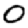
Digit: 0